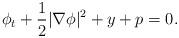
LaTeX: \begin{align*}\phi_t + \frac{1}{2}|\nabla\phi|^2 + y + p = 0.\end{align*}